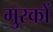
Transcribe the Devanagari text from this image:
मुरकों